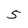
Character: 5